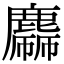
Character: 𪋙